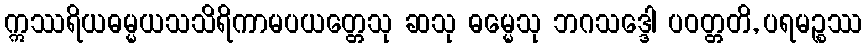
ဣဿရိယဓမ္မယသသိရိကာမပယတ္တေသု ဆသု ဓမ္မေသု ဘဂသဒ္ဒေါ ပဝတ္တတိ, ပရမဉ္စဿ